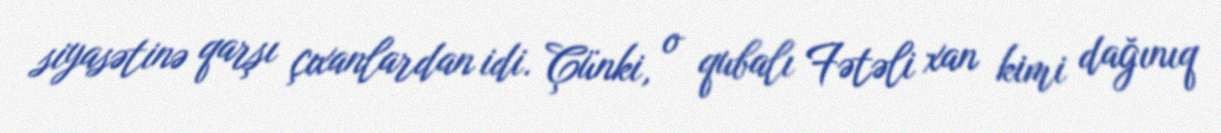
siyasətinə qarşı çıxanlardan idi. Çünki, o qubalı Fətəli xan kimi dağınıq